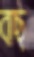
বাছ